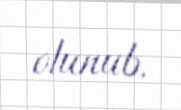
olunub.